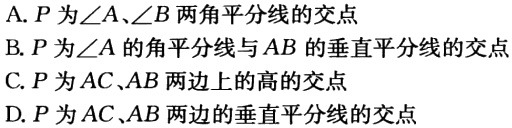
A. \(P\)为\(\angle A\)、\(\angle B\)两角平分线的交点
B. \(P\)为\(\angle A\)的角平分线与\(AB\)的垂直平分线的交点
C. \(P\)为\(AC\)、\(AB\)两边上的高的交点
D. \(P\)为\(AC\)、\(AB\)两边的垂直平分线的交点